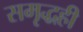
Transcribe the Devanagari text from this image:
समृद्धही